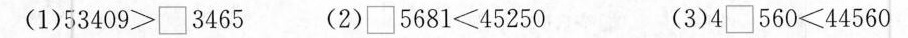
(1)53409>■3465 (2)□5681≤45250 (3)4□560≤44560